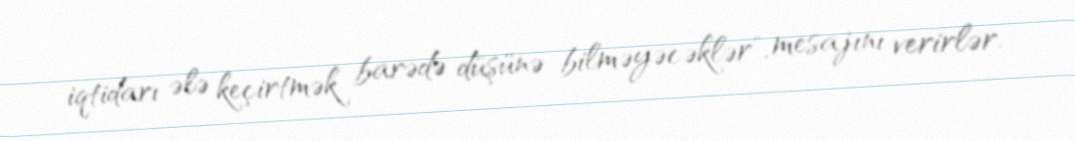
iqtidarı ələ keçirtmək barədə düşünə bilməyəcəklər", mesajını verirlər.